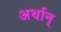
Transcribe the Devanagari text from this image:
अर्थान्